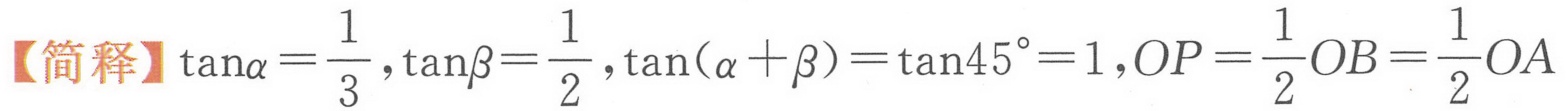
【简释】\(\tan\alpha=\frac{1}{3},\tan\beta = \frac{1}{2},\tan(\alpha+\beta)=\tan45^{\circ}=1,OP=\frac{1}{2}OB=\frac{1}{2}OA\)